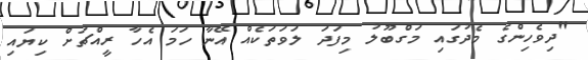
"ދިވެހިންގެ މެދުގައި މަގްބޫލު މިފަދަ ލަވަތަކެއް އޭނާ ހަމަ އެހާ ރީއްޗަށް ކިޔައި